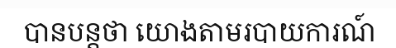
បានបន្តថា យោងតាមរបាយការណ៍